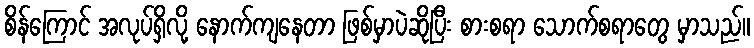
စိန်ကြောင် အလုပ်ရှိလို့ နောက်ကျနေတာ ဖြစ်မှာပဲဆိုပြီး စားစရာ သောက်စရာတွေ မှာသည်။